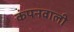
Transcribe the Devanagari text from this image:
कंपनवाली